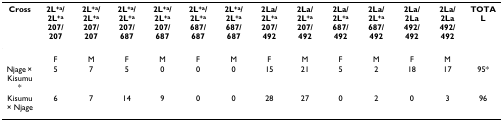
<table><thead><tr><td><b>Cross</b></td><td><b>2L<sup>+a</sup>/2L<sup>+a</sup>207/207</b></td><td><b>2L<sup>+a</sup>/2L<sup>+a</sup>207/207</b></td><td><b>2L<sup>+a</sup>/2L<sup>+a</sup>207/687</b></td><td><b>2L<sup>+a</sup>/2L<sup>+a</sup>207/687</b></td><td><b>2L<sup>+a</sup>/2L<sup>+a</sup>687/687</b></td><td><b>2L<sup>+a</sup>/2L<sup>+a</sup>687/687</b></td><td><b>2La/2L<sup>+a</sup>207/492</b></td><td><b>2La/2L<sup>+a</sup>207/492</b></td><td><b>2La/2L<sup>+a</sup>687/492</b></td><td><b>2La/2L<sup>+a</sup>687/492</b></td><td><b>2La/2La492/492</b></td><td><b>2La/2La492/492</b></td><td><b>TOTAL</b></td></tr></thead><tbody><tr><td></td><td>F</td><td>M</td><td>F</td><td>M</td><td>F</td><td>M</td><td>F</td><td>M</td><td>F</td><td>M</td><td>F</td><td>M</td><td></td></tr><tr><td>Njage × Kisumu*</td><td>5</td><td>7</td><td>5</td><td>0</td><td>0</td><td>0</td><td>15</td><td>21</td><td>5</td><td>2</td><td>18</td><td>17</td><td>95*</td></tr><tr><td>Kisumu × Njage</td><td>6</td><td>7</td><td>14</td><td>9</td><td>0</td><td>0</td><td>28</td><td>27</td><td>0</td><td>2</td><td>0</td><td>3</td><td>96</td></tr></tbody></table>